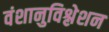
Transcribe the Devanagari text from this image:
वंशानुविश्लेशन